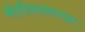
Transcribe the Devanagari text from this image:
बोरीससारखा